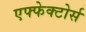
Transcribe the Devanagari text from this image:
एफ्फेक्टोर्स